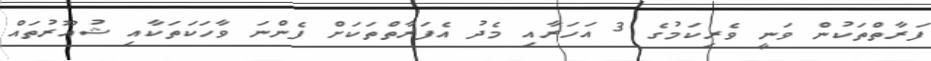
ފަރާތްތަކުން ވަނީ ވެރިކަމުގެ 3 އަހަރާއި މެދު އެފަރާތްތަކަށް ފެންނަ ވާހަކަތަކާއި ޝުއޫރުތައް